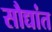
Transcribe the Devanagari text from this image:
सौद्यांत